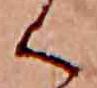
く